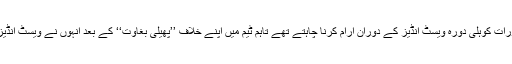
گلف نیوز کا کہنا تھا کہ ورات کوہلی دورہ ویسٹ انڈیز کے دوران آرام کرنا چاہتے تھے تاہم ٹیم میں اپنے خلاف ’’پھیلی بغاوت‘‘ کے بعد انہوں نے ویسٹ انڈیز جانے کا فیصلہ کیا ہے ۔